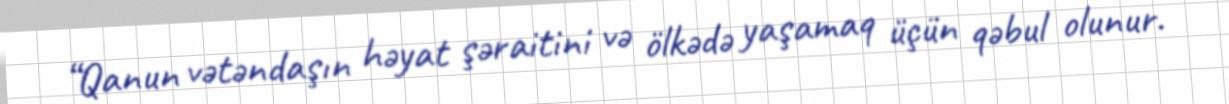
“Qanun vətəndaşın həyat şəraitini və ölkədə yaşamaq üçün qəbul olunur.